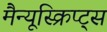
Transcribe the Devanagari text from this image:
मैन्यूस्क्रिप्ट्स